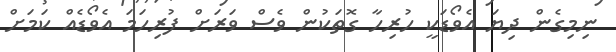
ނިމިގެން ދިޔަ އެވޯޑަކީ ހުރިހާ ގޮތަކުން ވެސް ވަރަށް ފުރިހަމަ އެވޯޑެއް ކަމަށް